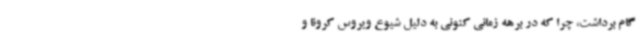
گام برداشت، چرا که در برهه زمانی کنونی به دلیل شیوع ویروس کرونا و